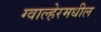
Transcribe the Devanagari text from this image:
ग्वाल्हेरमधील